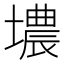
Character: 𮰮